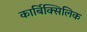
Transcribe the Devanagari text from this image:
कार्बिक्सिलिक